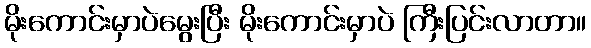
မိုးကောင်းမှာပဲမွေးပြီး မိုးကောင်းမှာပဲ ကြီးပြင်းလာတာ။